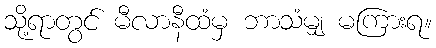
သို့ရာတွင် မီလာနီထံမှ ဘာသံမျှ မကြားရ။